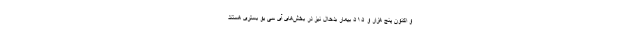
و اکنون پنج هزار و ۵۱۵ بیمار بدحال نیز در بخش‌های آی سی یو بستری هستند